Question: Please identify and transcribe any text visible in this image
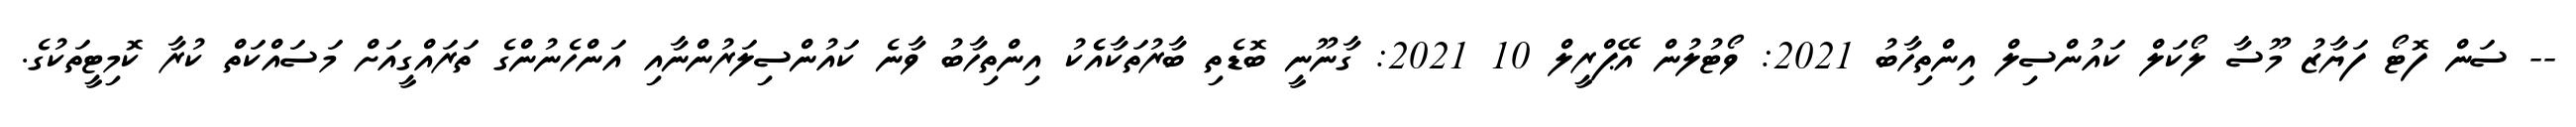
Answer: -- ސަން ފޮޓޯ ފަޔާޒު މޫސާ ލޯކަލް ކައުންސިލް އިންތިހާބު 2021: ވޯޓުލުން އޭޕްރީލް 10 2021: ގާނޫނީ ބޮޑެތި ބާރުތަކާއެެކު އިންތިހާބު ވާނެ ކައުންސިލަރުންނާއި އަންހެނުންގެ ތަރައްގީއަށް މަސައްކަތް ކުރާ ކޮމިޓީތަކުގެ.